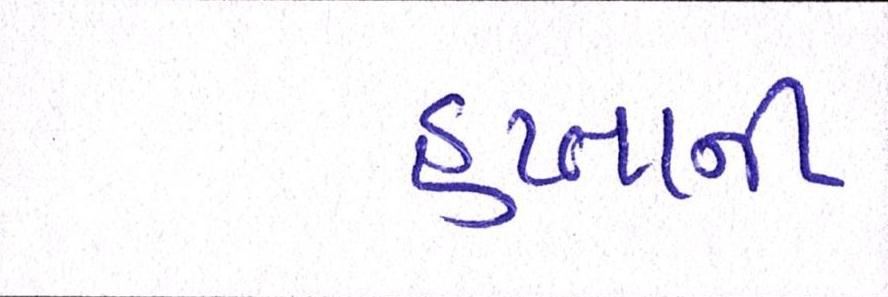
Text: હપ્તાની